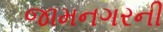
જામનગરની